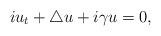
LaTeX: \begin{align*}iu_t+\bigtriangleup u + i\gamma u = 0,\end{align*}